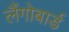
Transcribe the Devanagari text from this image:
लैंगोबार्ड